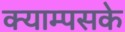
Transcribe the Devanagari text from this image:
क्याम्पसके